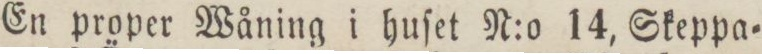
En proper Wåning i huſet N:o 14, Skeppa=